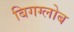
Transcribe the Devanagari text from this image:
बिगग्लोब